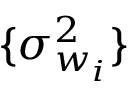
\{ \sigma _ { w _ { i } } ^ { 2 } \}